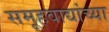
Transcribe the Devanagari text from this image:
समूहवाद्यांच्या